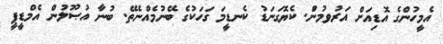
އެމީހުންގެ އޮޑިއަށް އަރުވމުނަް. ކެޔޮގަނަޑު ކެނޑީމަ ގަހަކުގެ ބޭނުމެއްނެތޭ. ބުނާ އުޞޫލުން އެމްޑީޕީ